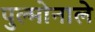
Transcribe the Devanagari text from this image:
पुल्मोनाले